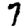
Digit: 7